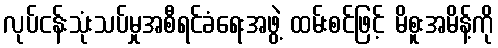
လုပ်ငန်းသုံးသပ်မှုအစီရင်ခံရေးအဖွဲ့ ထမ်းစင်ဖြင့် မိစူးအမိန့်ကို